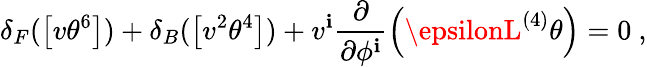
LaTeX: \delta_{F}(\left[v\theta^{6}\right])+\delta_{B}(\left[v^{2}\theta^{4}\right])+v^{\mathbf{i}}\frac{{\partial}}{{\partial\phi^{\mathbf{i}}}}\left(\epsilonL^{(4)}\theta\right)=0~,